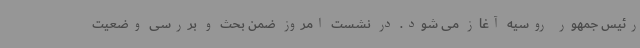
رئیس جمهور روسیه آغاز می شود. در نشست امروز ضمن بحث و بررسی وضعیت